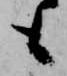
も